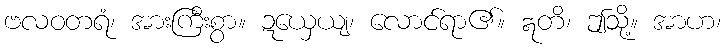
ဗလဝတရံ၊ အားကြီးစွာ။ ဍယှေယျ၊ လောင်ရာ၏။ ဣတိ၊ ဤသို့။ အာဟ၊